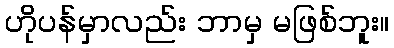
ဟိုပန်မှာလည်း ဘာမှ မဖြစ်ဘူး။